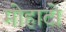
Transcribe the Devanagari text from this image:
मोहाटो